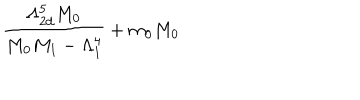
\frac { \Lambda _ { 2 d } ^ { 5 } M _ { 0 } } { M _ { 0 } M _ { 1 } - \Lambda _ { 1 } ^ { 4 } } + m _ { 0 } M _ { 0 }